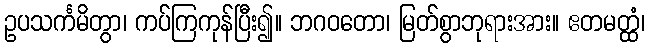
ဥပသင်္ကမိတွာ၊ ကပ်ကြကုန်ပြီး၍။ ဘဂဝတော၊ မြတ်စွာဘုရားအား။ ဧတမတ္ထံ၊